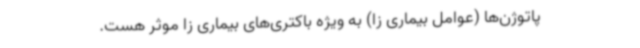
پاتوژن‌ها (عوامل بیماری زا) به ویژه باکتری‌های بیماری زا موثر هست.